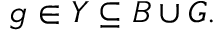
g \in Y \subseteq B \cup G .